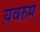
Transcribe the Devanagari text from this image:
य़वरुम